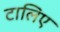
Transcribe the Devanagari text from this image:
टालिए